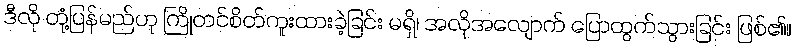
ဒီလို တုံ့ပြန်မည်ဟု ကြိုတင်စိတ်ကူးထားခဲ့ခြင်း မရှိ၊ အလိုအလျောက် ပြောထွက်သွားခြင်း ဖြစ်၏။